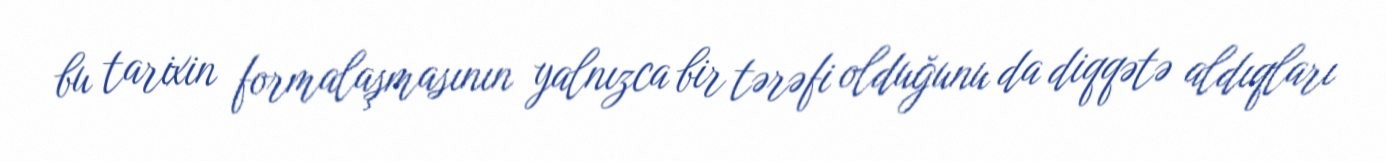
bu tarixin formalaşmasının yalnızca bir tərəfi olduğunu da diqqətə aldıqları